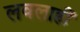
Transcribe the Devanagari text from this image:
लवलाहीं